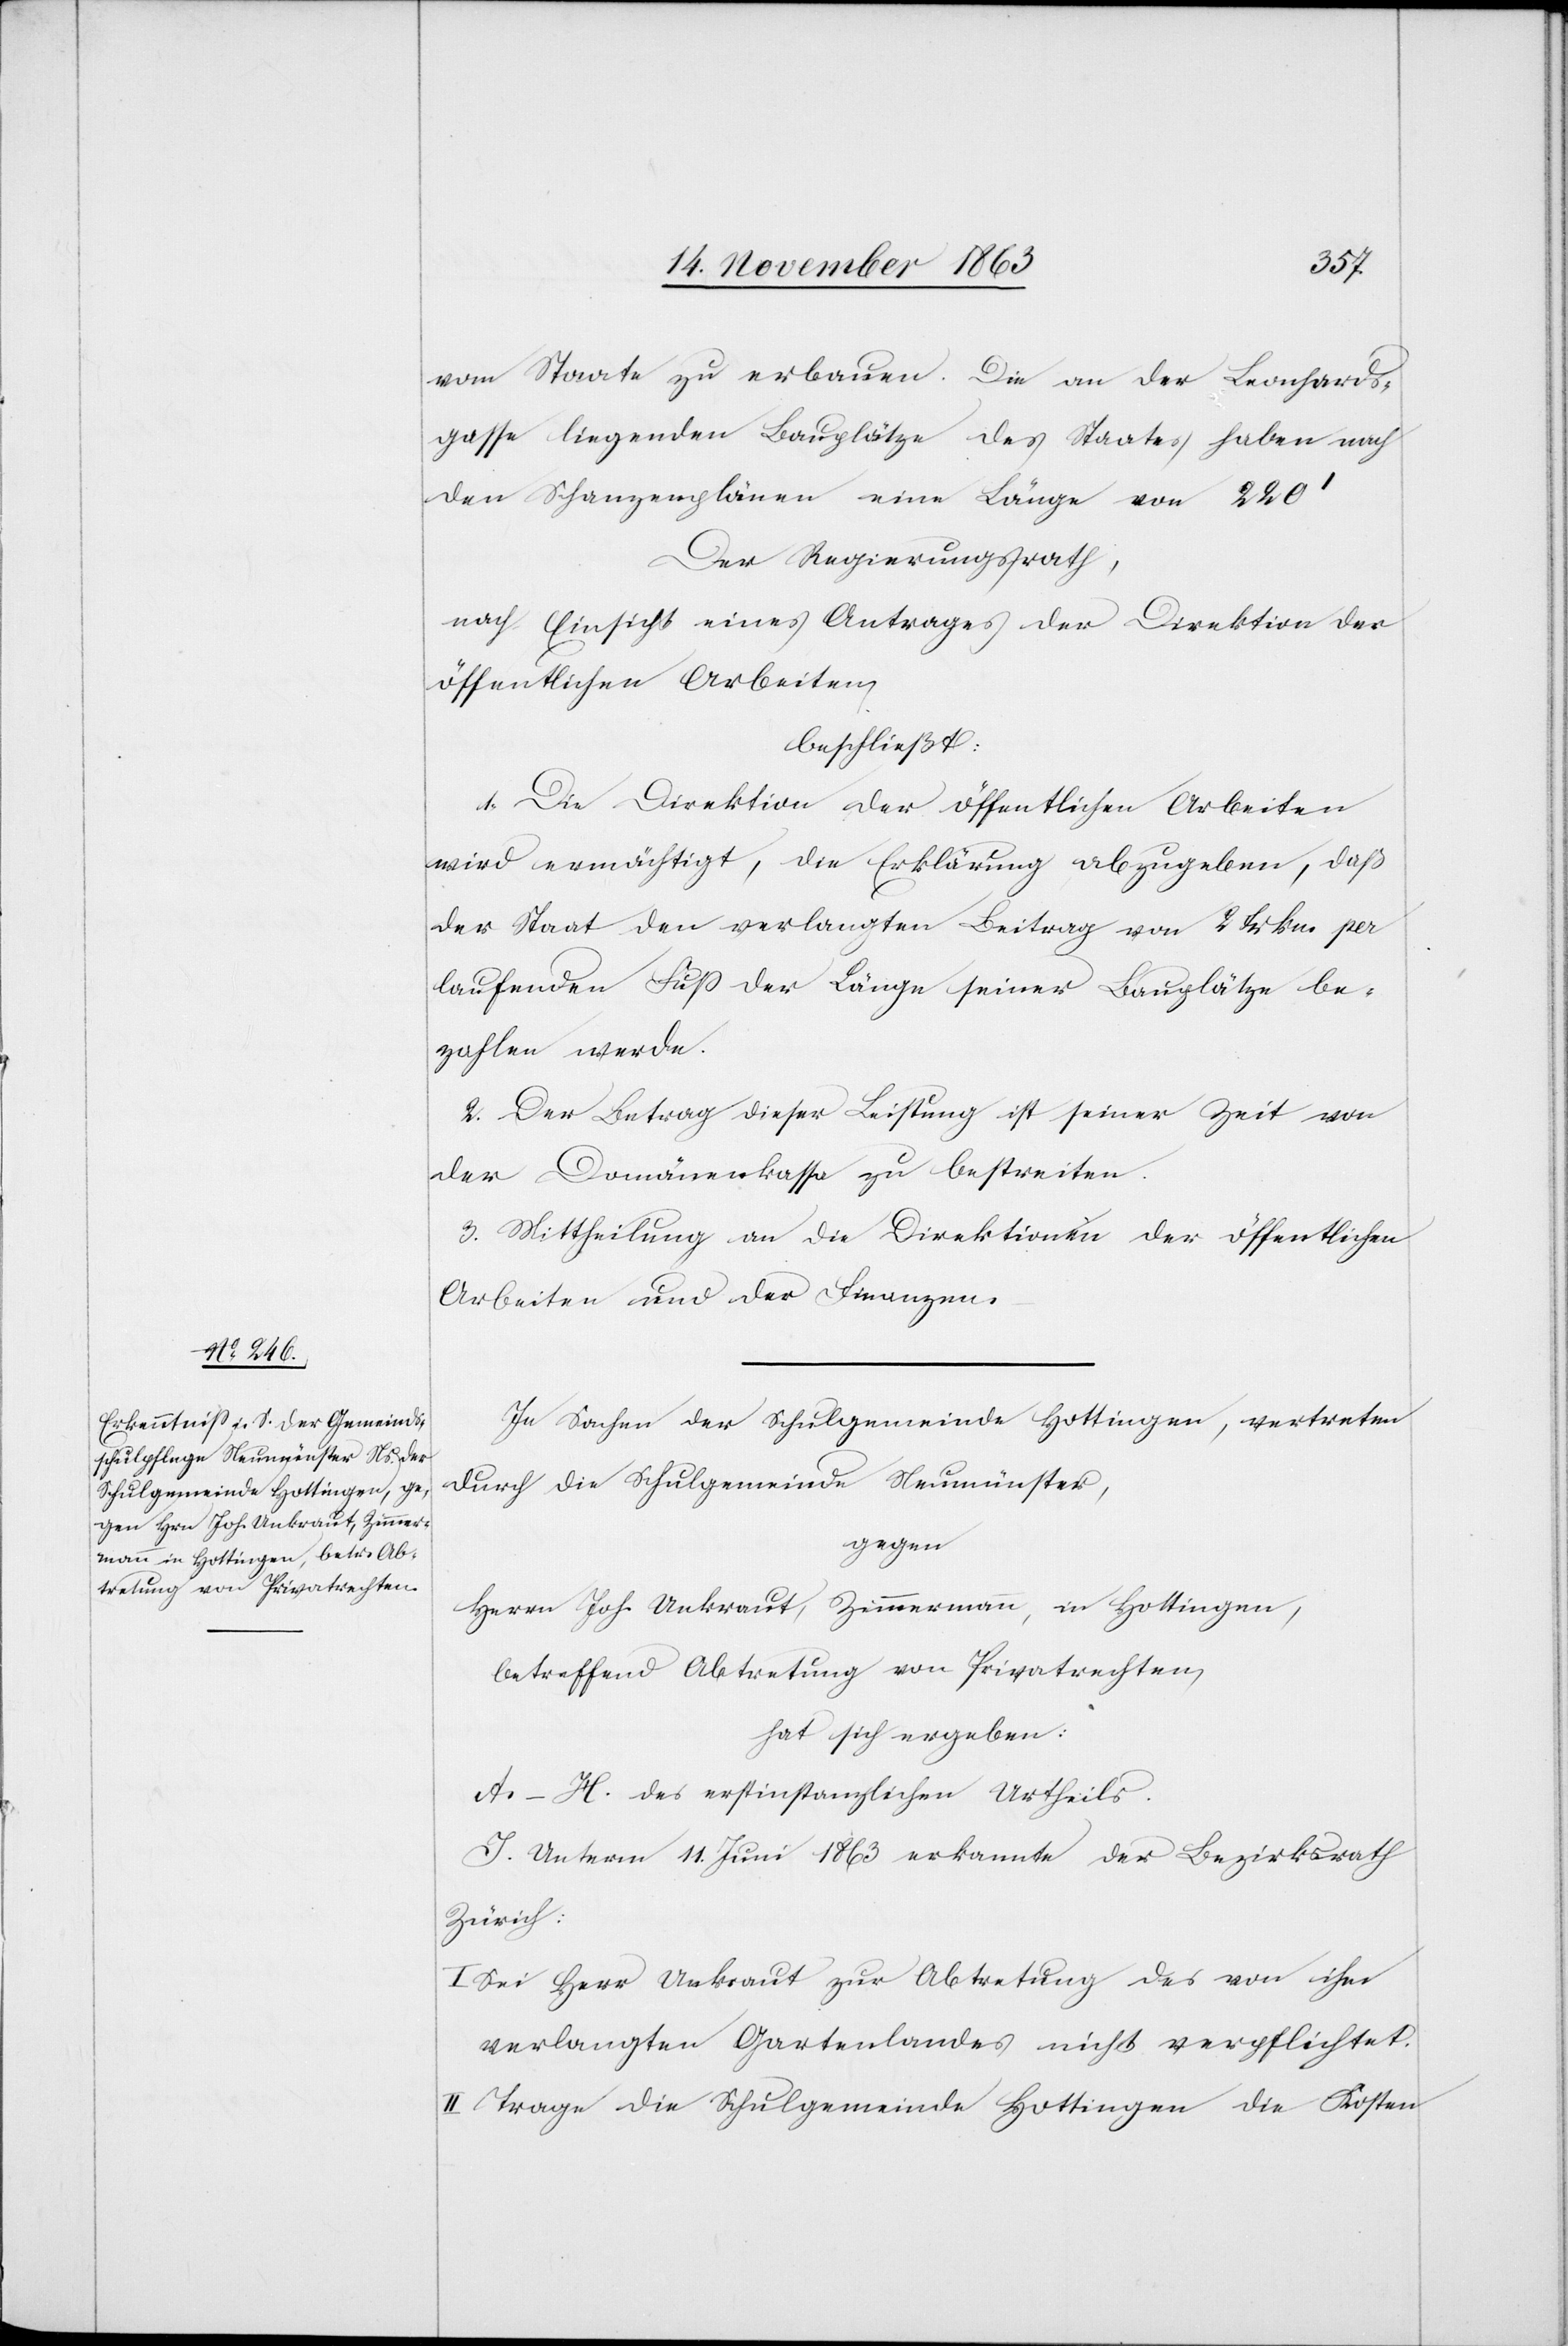
vom Staate zu erbauen. Die an der Leonhards¬
gasse liegenden Bauplätze des Staates haben nach
den Schanzenplänen eine Länge von 220'[.]
Der Regierungsrath,
nach Einsicht eines Antrages der Direktion der
öffentlichen Arbeiten,
beschließt:
1. Die Direktion der öffentlichen Arbeiten
wird ermächtigt, die Erklärung abzugeben, daß
der Staat den verlangten Beitrag von 2 Frkn. per
laufenden Fuss der Länge seiner Bauplätze be¬
zahlen werde.
2. Der Betrag dieser Leistung ist seiner Zeit von
der Domänenkasse zu bestreiten.
3. Mittheilung an die Direktionen der öffentlichen
Arbeiten und der Finanzen.
In Sachen der Schulgemeinde Hottingen, vertreten
durch die Schulgemeinde Neumünster,
gegen
Herrn Joh. Unkraut, Zimmermann, in Hottingen,
betreffend Abtretung von Privatrechten,
hat sich ergeben:
A.–H. des erstinstanzlichen Urtheils.
I. Unterm 11. Juni 1863 erkannte der Bezirksrath
Zürich:
I. Sei Herr Unkraut zur Abtretung des von ihm
verlangten Gartenlandes nicht verpflichtet.
II. Trage die Schulgemeinde Hottingen die Kosten